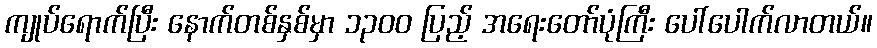
ကျုပ်ရောက်ပြီး နောက်တစ်နှစ်မှာ ၁၃၀၀ ပြည့် အရေးတော်ပုံကြီး ပေါ်ပေါက်လာတယ်။